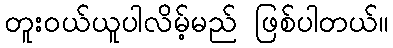
တူးဝယ်ယူပါလိမ့်မည် ဖြစ်ပါတယ်။